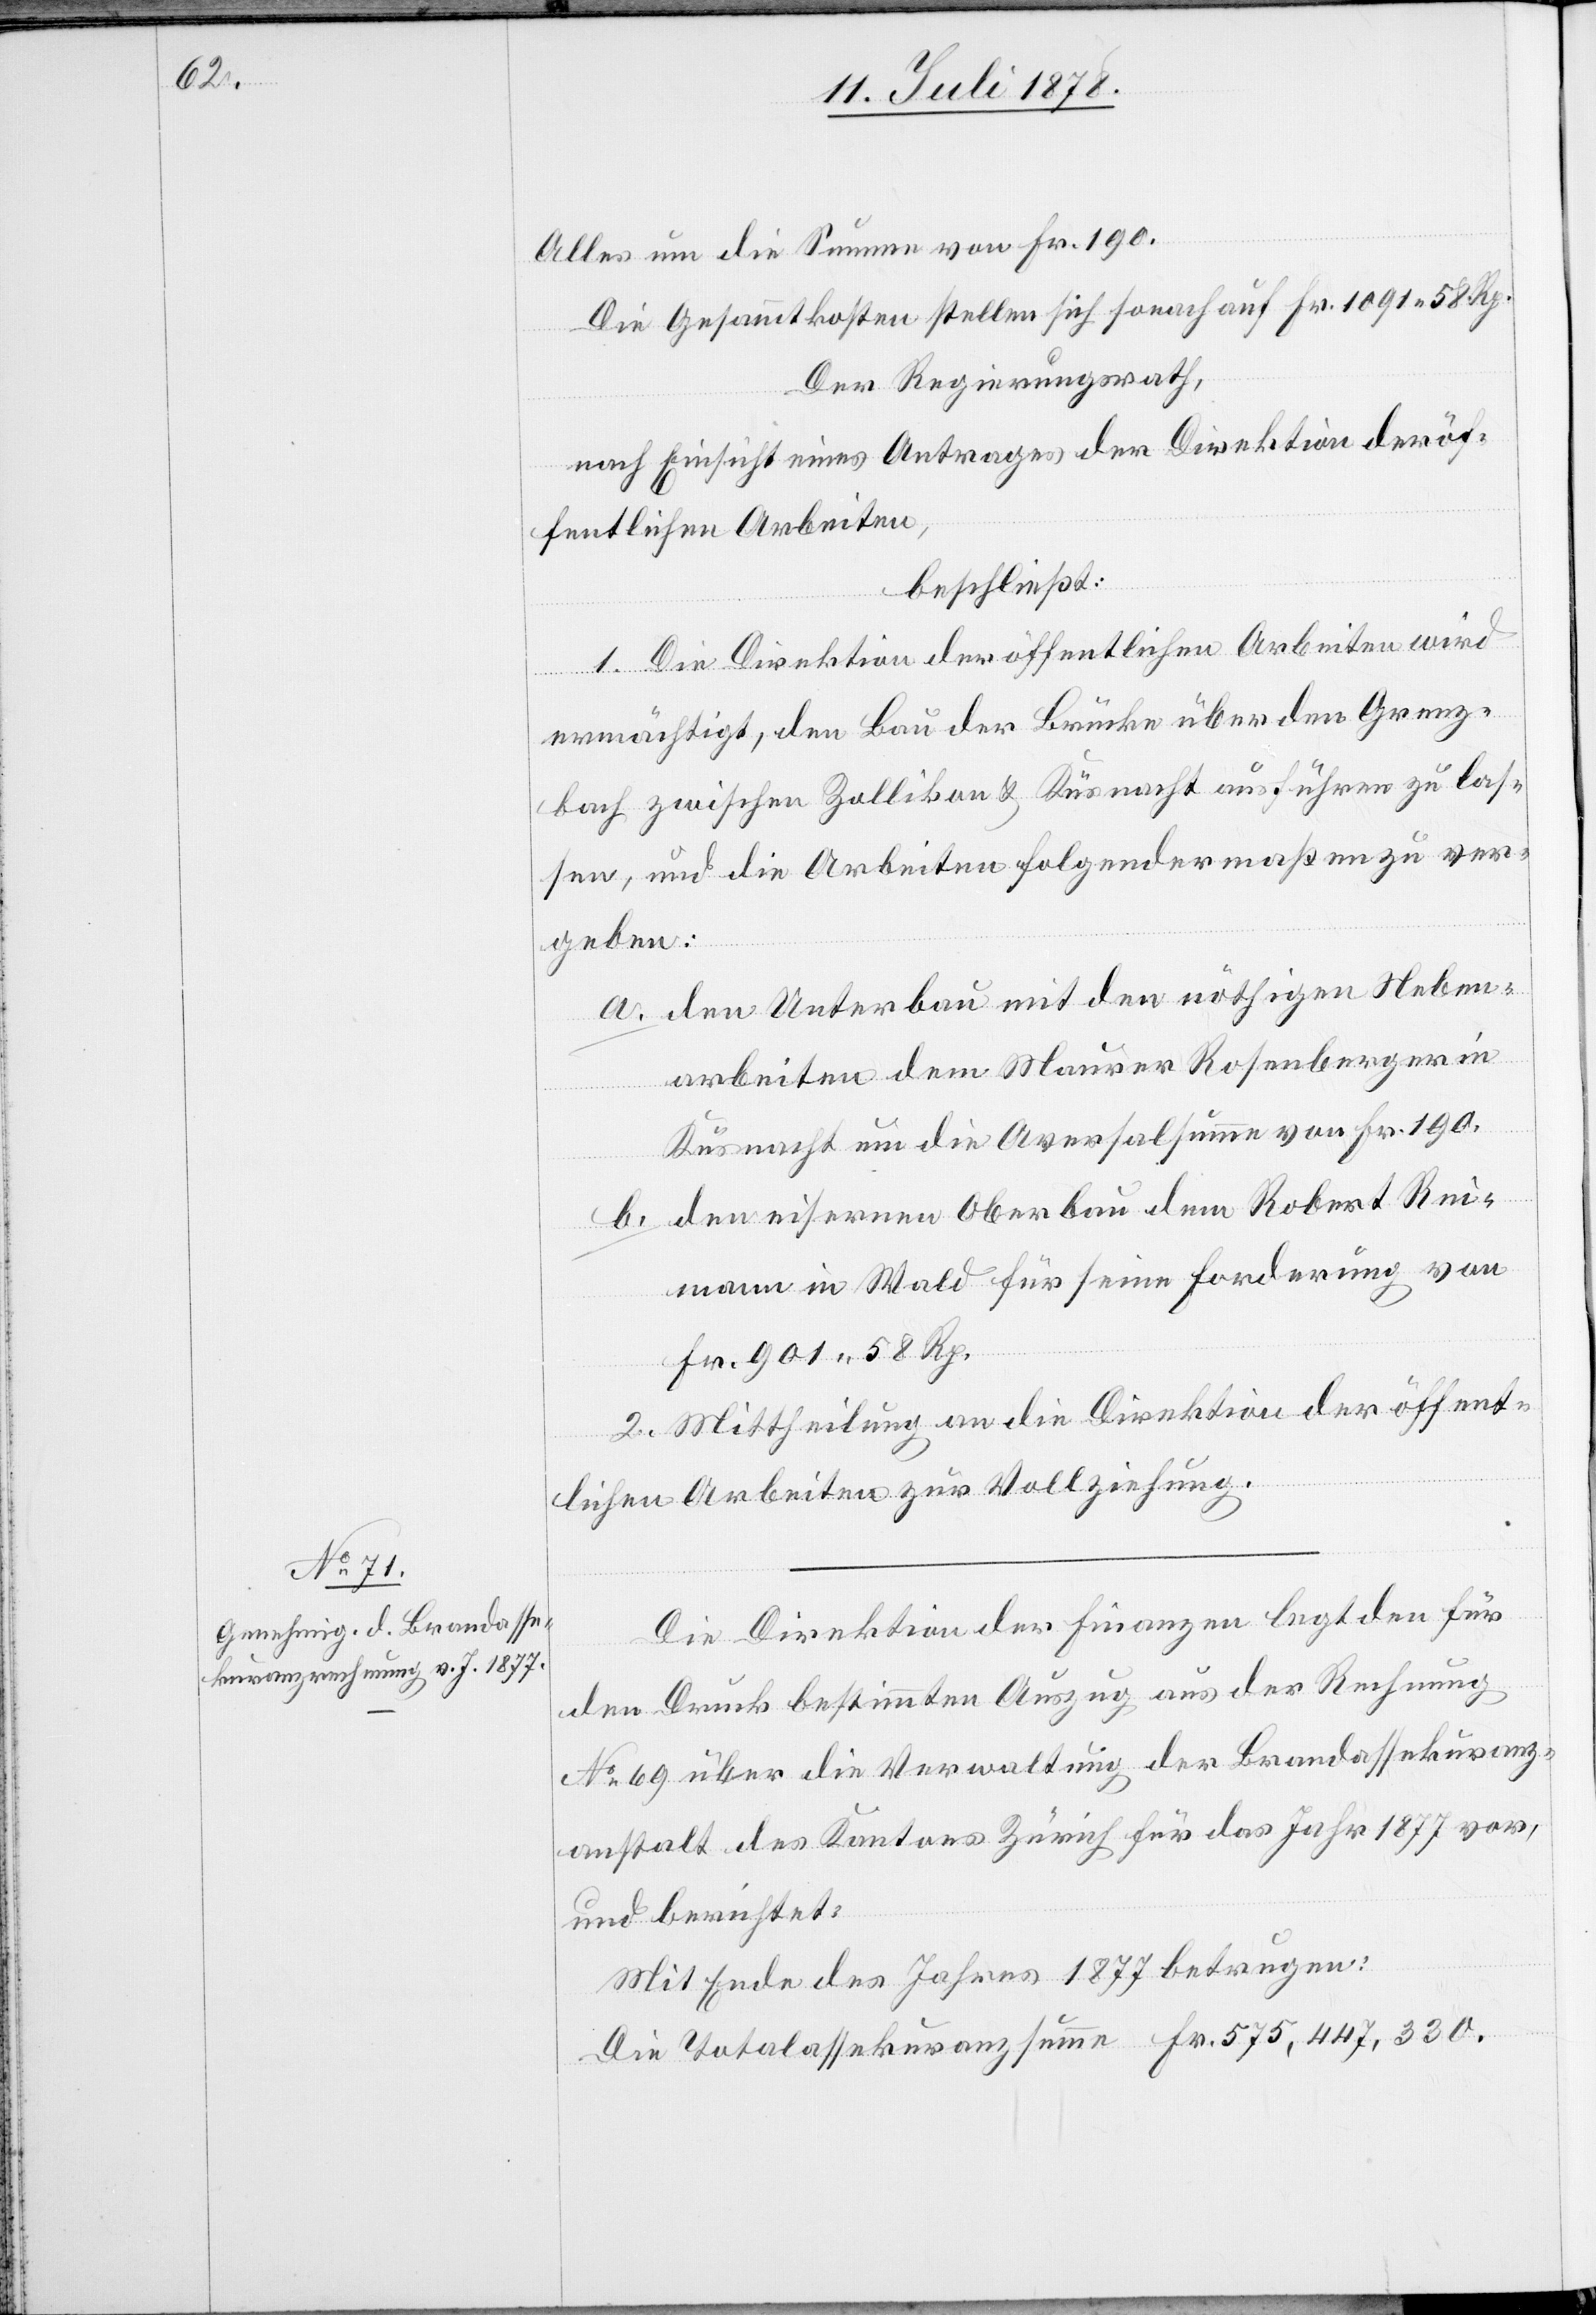
Alles um die Summe von Fr. 190.
Die Gesammtkosten stellen sich sonach auf Fr. 1091 58 Rp.
Der Regierungsrath,
nach Einsicht eines Antrages der Direktion der öf¬
fentlichen Arbeiten,
beschließt:
1. Die Direktion der öffentlichen Arbeiten wird
ermächtigt, den Bau der Brücke über den Grenz¬
bach zwischen Zollikon & Küsnacht ausführen zu las¬
sen, und die Arbeiten folgendermaßen zu ver¬
geben:
a. den Unterbau mit den nöthigen Neben¬
arbeiten dem Maurer Rosenberger in
Küsnacht um die Aversalsumme von Fr. 190.
b. den eisernen Oberbau dem Robert Rei¬
mann in Wald für seine Forderung von
Fr. 901 58 Rp.
2. Mittheilung an die Direktion der öffent¬
lichen Arbeiten zur Vollziehung.
Die Direktion der Finanzen legt den für
den Druck bestimmten Auszug aus der Rechnung
No 69 über die Verwaltung der Brandassekuranz¬
anstalt des Kantons Zürich für das Jahr 1877 vor,
und berichtet:
Mit Ende des Jahres 1877 betrugen:
Die Totalassekuranzsumme Fr. 575,447,330.